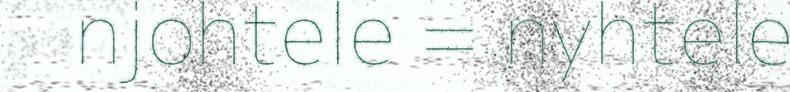
njohtele = nyhtele